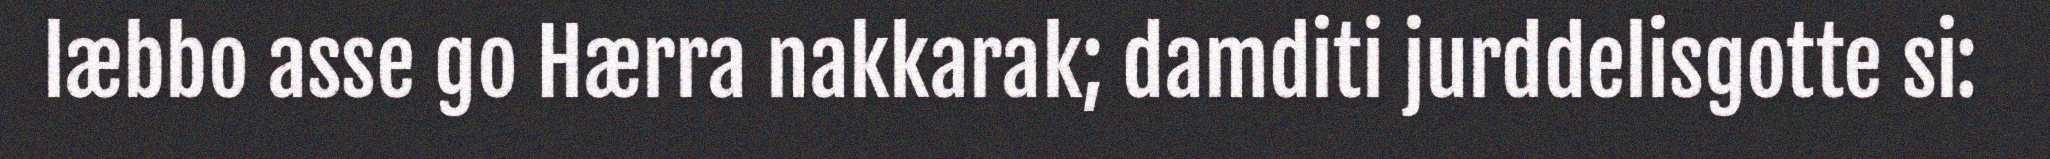
læbbo asse go Hærra nakkarak; damditi jurddelisgotte si: